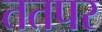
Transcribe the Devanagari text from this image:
ततपर